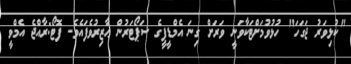
"ކުޅިވަރު ޖަގަހަ" ހުޅުވުމަށްޓަކާވަނީ ވަރަށް ގިނަ އެމްޑީޕީގެ ސަޕޯޓަރުން ޙާޒިރުވެފައެވެ- ފޮޓޯ:ރާއްޖެ އެމްވީ